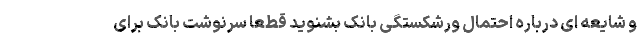
و شایعه ای درباره احتمال ورشکستگی بانک بشنوید قطعا سرنوشت بانک برای